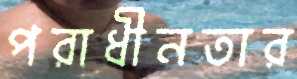
পরাধীনতার